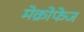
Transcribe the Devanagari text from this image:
मेक्रोफेज